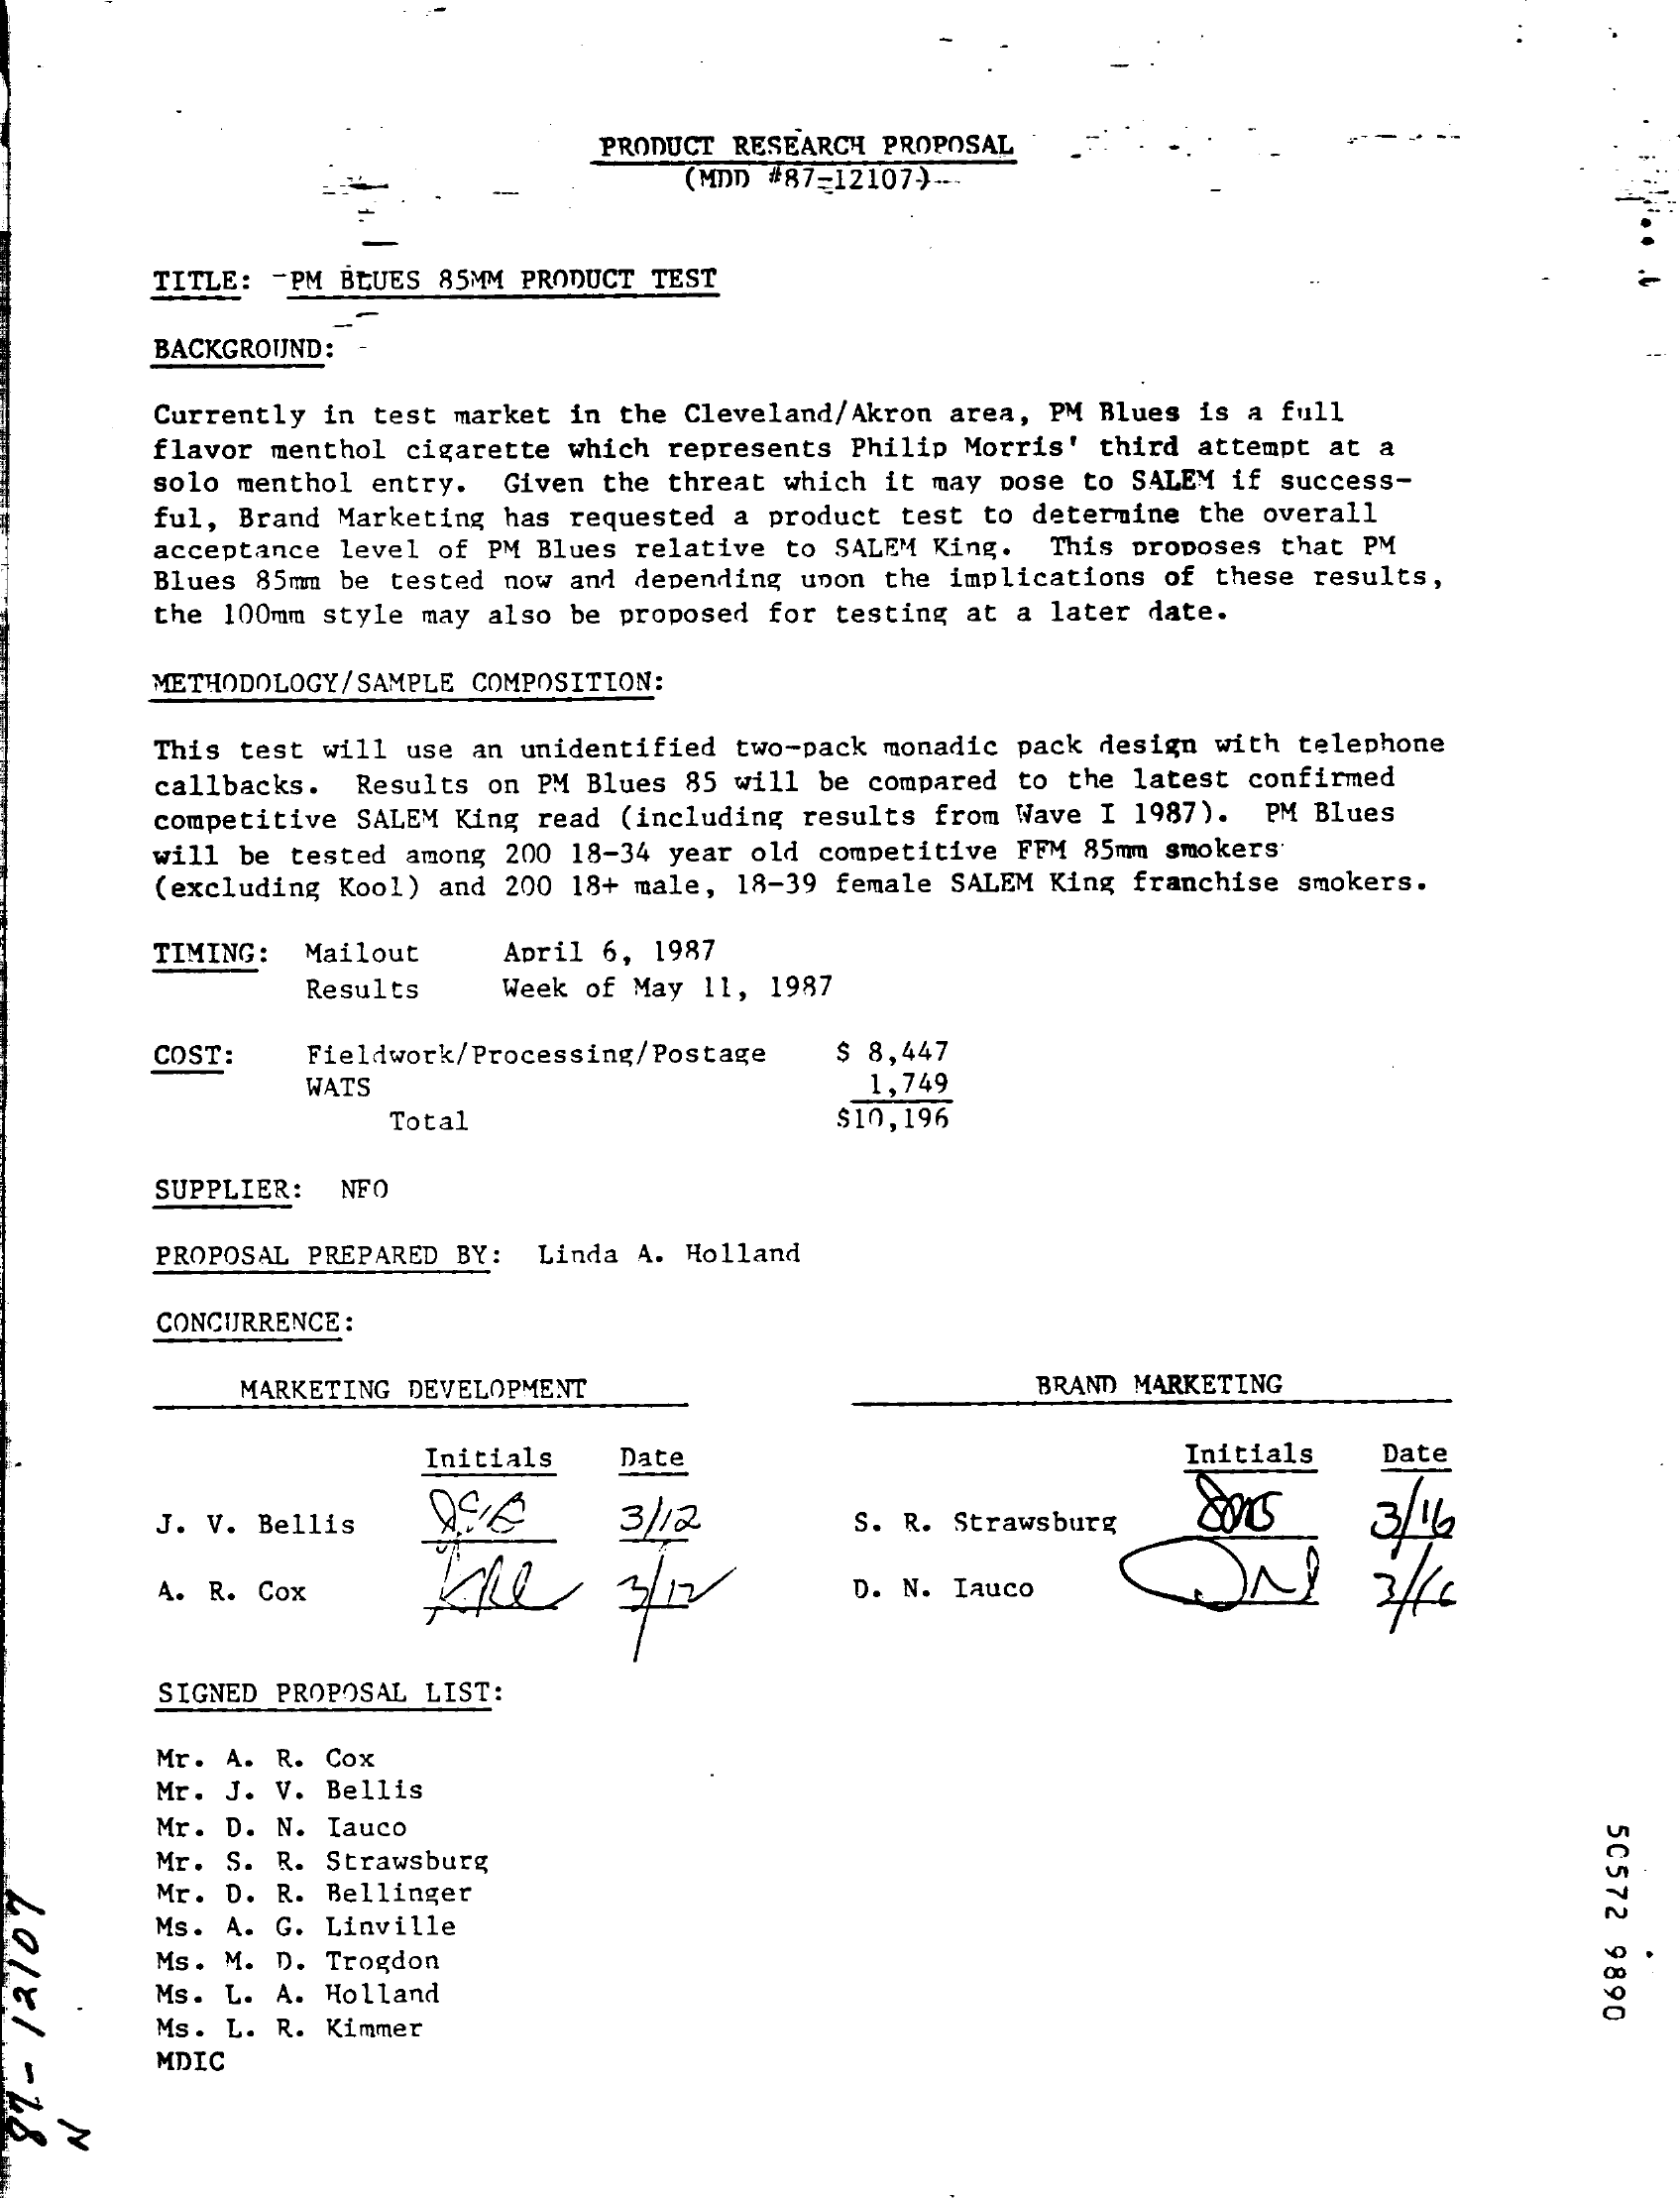
PRODUCT RESEARCH PROPOSAL
     (MDD) #87-12107) ...
     -
     TITLE: - PM BLUES 85MM PRODUCT TEST
     BACKGROUND:
     Currently in test market in the Cleveland/Akron area, PM Blues is a full
     flavor menthol cigarette which represents Philip Morris' third attempt at a
     solo menthol entry. Given the threat which it may pose to SALEM if success-
     ful, Brand Marketing has requested a product test to determine the overall
     acceptance level of PM Blues relative to SALEM King. This proposes that PM
     Blues 85mm be tested now and depending upon the implications of these results,
     the 100mm style may also be proposed for testing at a later date.
     METHODOLOGY/SAMPLE COMPOSITION:
     This test will use an unidentified two-pack monadic pack design with telephone
     callbacks. Results on PM Blues 85 will be compared to the latest confirmed
     competitive SALEM King read (including results from Wave I 1987). PM Blues
     will be tested among 200 18-34 year old competitive FFM 85mm smokers
     (excluding Kool) and 200 18+ male, 18-39 female SALEM King franchise smokers.
     TIMING: Mailout   April 6, 1987
     Results   Week of May 11, 1987
     COST:   Fieldwork/Processing/Postage $ 8,447
     WATS    1,749
     Total    $10,196
     SUPPLIER: NFO
     PROPOSAL PREPARED BY: Linda A. Holland
     CONCURRENCE:
     MARKETING DEVELOPMENT    BRAND MARKETING
     Initials  Date    Initials  Date
     J. V. Bellis    3/12    S. R. Strawsburg    3/16
     A. R. Cox    D. N. Iauco
     SIGNED PROPOSAL LIST:
     Mr. A. R. Cox
     Mr. J. V. Bellis
     Mr. D. N. Iauco
     50572
     9890
     Mr. S. R. Strawsburg
     Mr. D. R. Bellinger
  LOI1
  -
  18
     Ms. A. G. Linville
     Ms. M. D. Trogdon
     Ms. L. A. Holland
     Ms. L. R. Kimmer
     MDIC